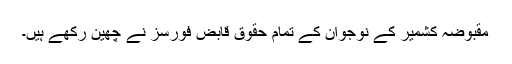
مقبوضہ کشمیر کے نوجوان کے تمام حقوق قابض فورسز نے چھین رکھے ہیں۔